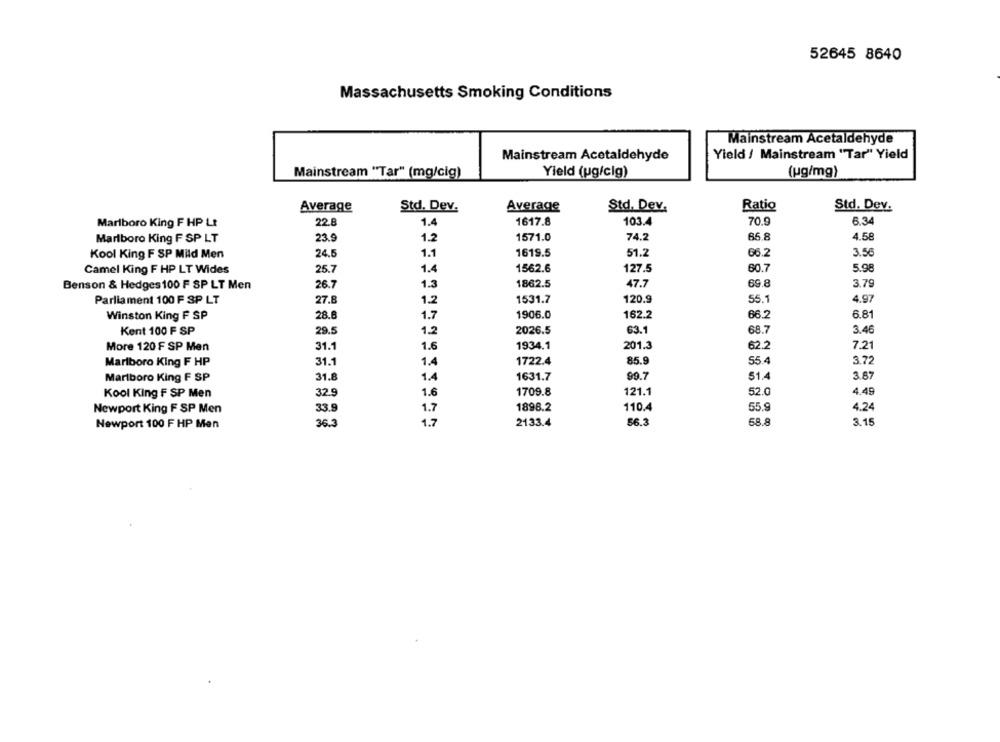
52645 8640
Massachusetts Smoking Conditions
Mainstream Acetaldehyde
Yield / Mainstream "Tar" Yield
Mainstream Acetaldehyde
Mainstream "Tar" (mg/cig)
Yield (ug/cig)
(ug/mg)
Average
Std. Dev.
Average
Std. Dev.
Ratio
Std. Dev.
Marlboro King F HP Lt
22.8
1.4
1617.8
103.4
70.9
6.34
23.9
1.2
1571.0
74.2
66.8
4.58
Marlboro King F SP LT
24.5
1.1
1619.5
51.2
66.2
3.56
Kool King F SP Mild Men
25.7
1.4
127.5
60.7
5.98
Camel King F HP LT Wides
1562.6
69.8
3.79
Benson & Hedges 100 F SP LT Men
26.7
1.3
1862.5
47.7
Parliament 100 F SP LT
27.8
1.2
1531.7
120.9
55.1
4.97
Winston King F SP
28.8
1.7
1906.0
162.2
66.2
6.81
Kent 100 F SP
29.5
1.2
2026.5
63.1
68.7
3.46
More 120 F SP Men
31.1
1.6
1934.1
201.3
62.2
7.21
Marlboro King F HP
31.1
1.4
1722.4
85.9
55.4
3.72
Marlboro King F SP
31.8
1.4
1631.7
99.7
51.4
3.67
Kool King F SP Men
32.9
1.6
1709.8
121.1
52.0
4.49
Newport King F SP Men
33.9
1.7
1898.2
110.4
55.9
4.24
Newport 100 F HP Men
36.3
1,7
2133.4
56.3
68.8
3.15